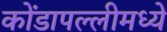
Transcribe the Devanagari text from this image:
कोंडापल्लीमध्ये